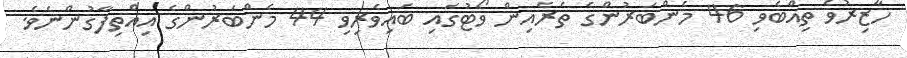
ހާޒިރުވެ ތިއްބެވި 46 މެންބަރުންގެ ތެރެއިން ވޯޓުގައި ބައިވެރިވި 44 މެންބަރުންގެ އިއްތިފާގުންނެވެ.